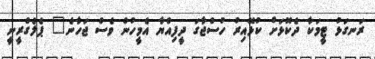
ރަނގަޅު ޓީމަކާ ދެކޮޅަށް ކުޅޭއިރު ހުސްޖާގަ ދީފިއްޔާ އެމީހުން ވެސް ޖަހާނެ" ޕެލެގްރީނީ